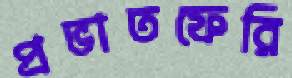
প্রভাতফেরি